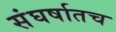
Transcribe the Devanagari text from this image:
संघर्षातच